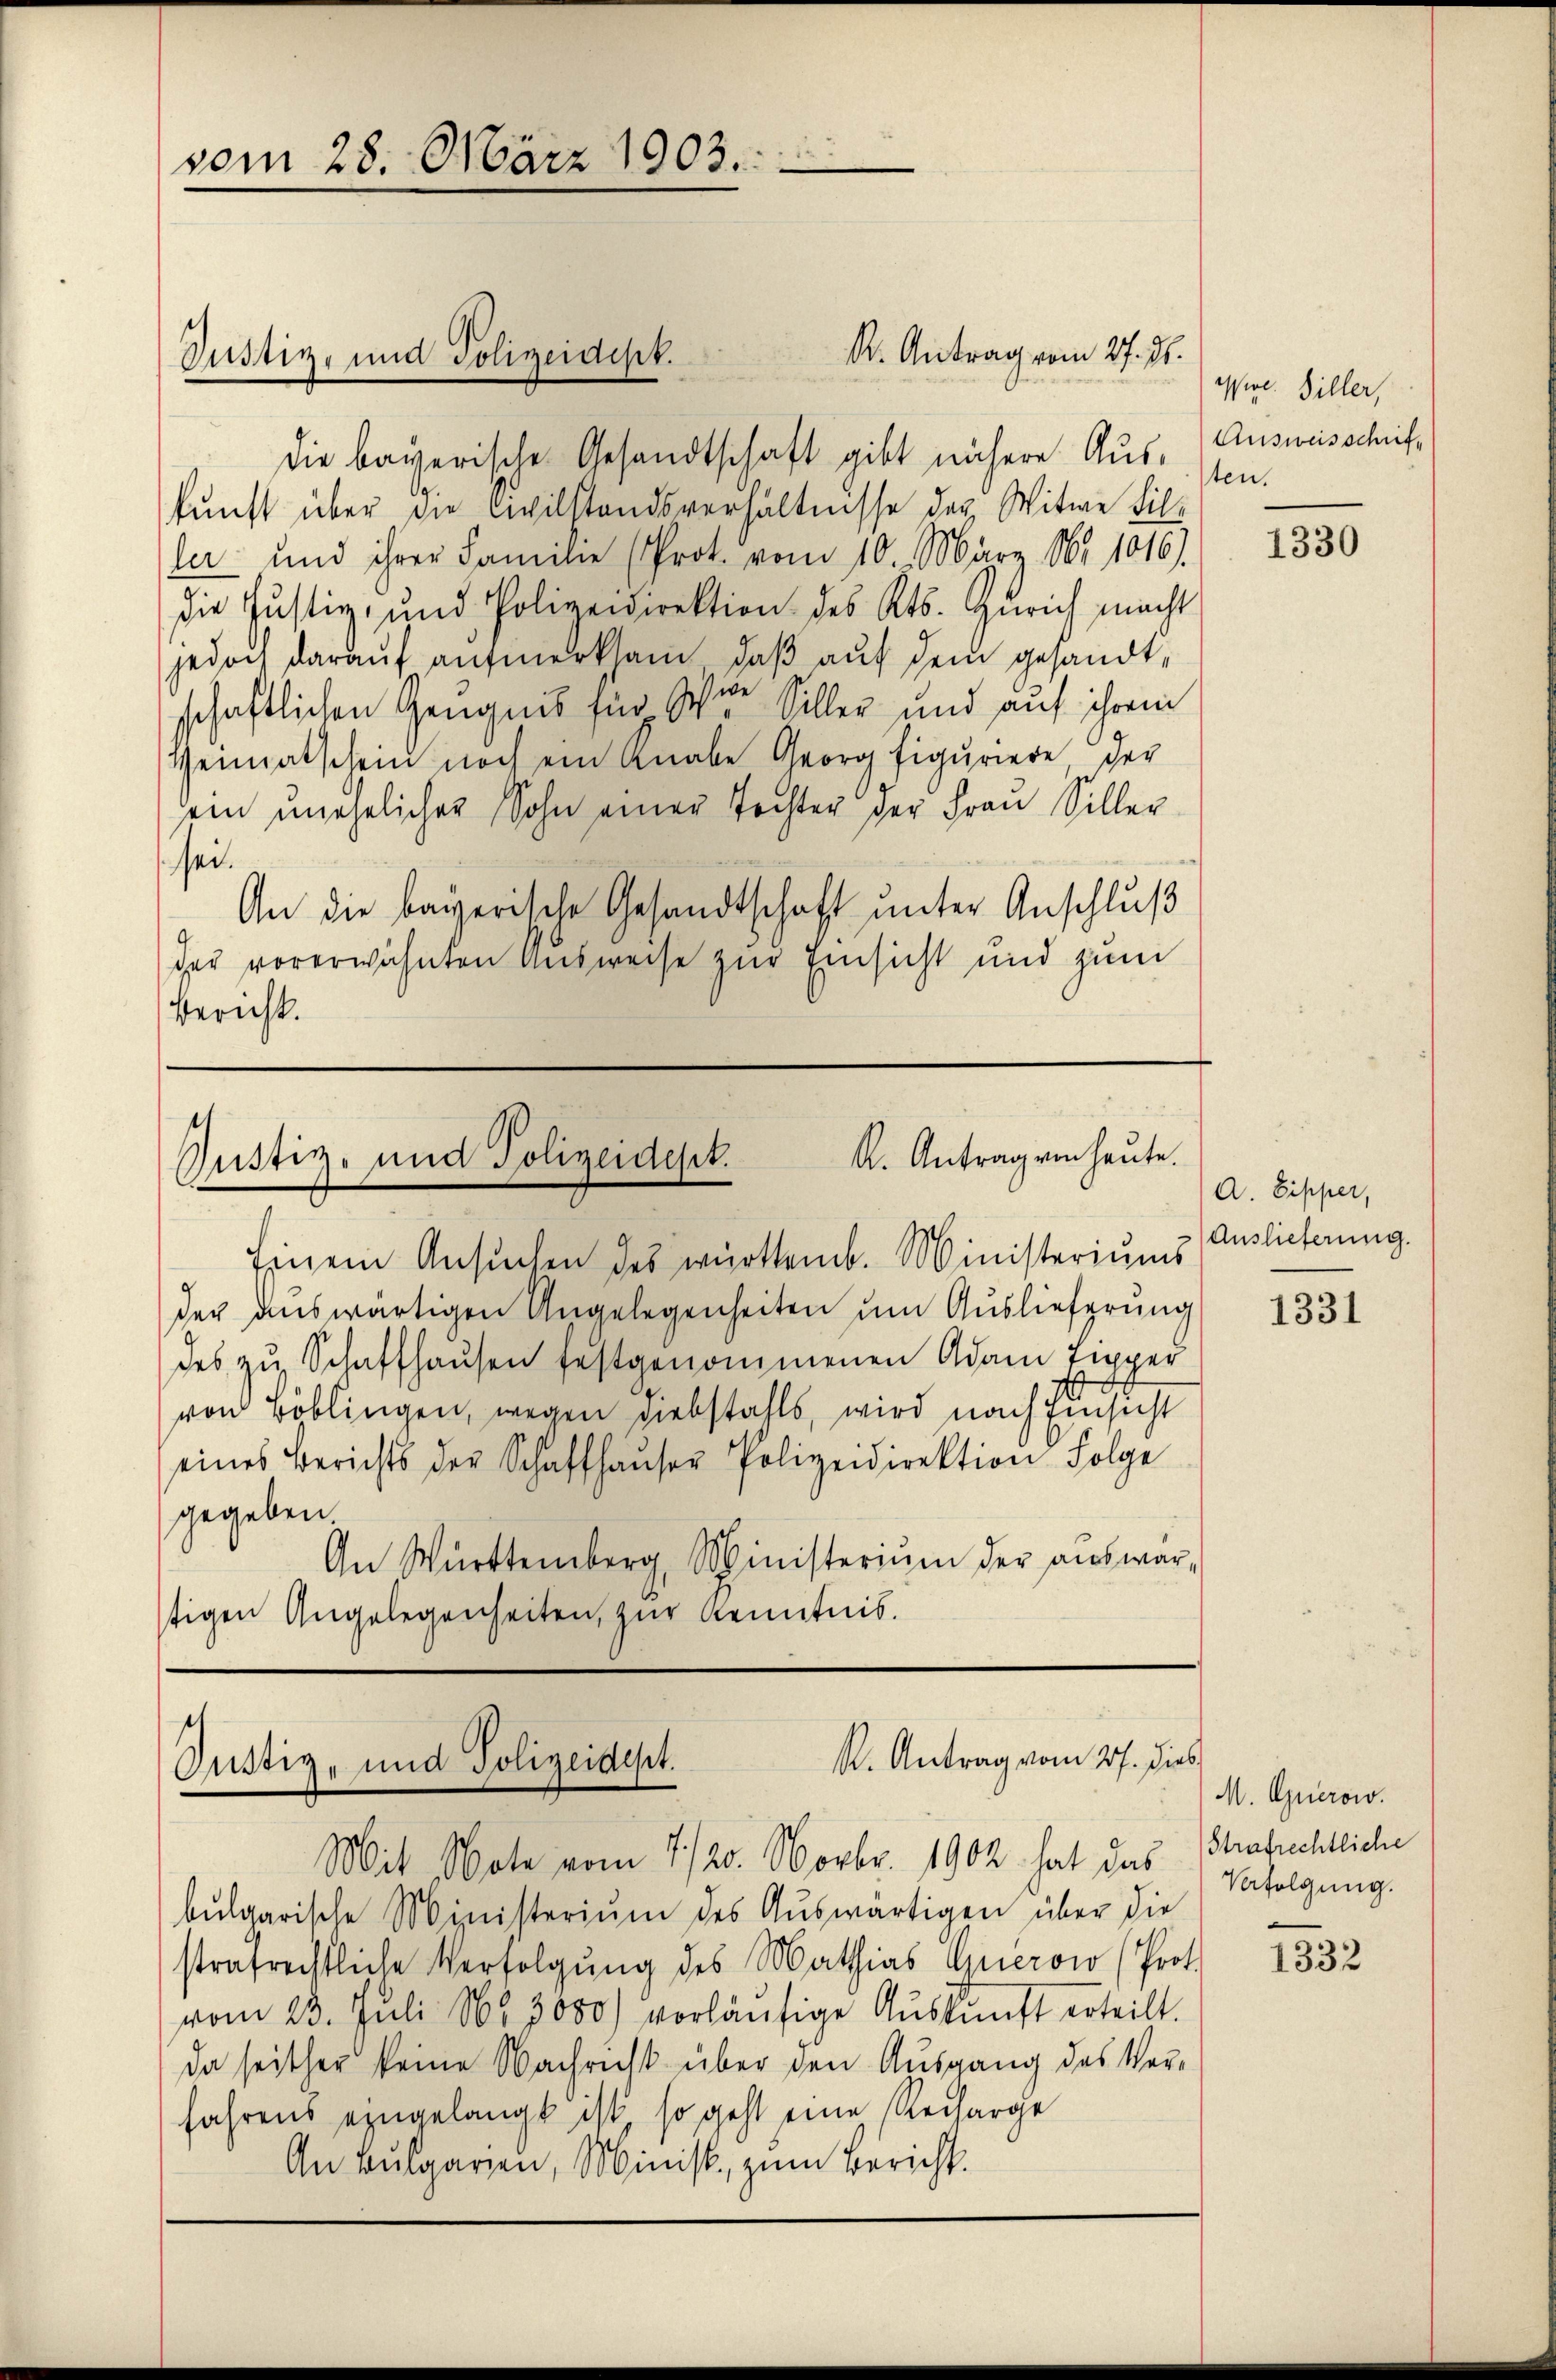
kunft über die Civilstandsverhältnisse der Witwe Bil-
ler und ihrer Familie (Prot. vom 10. März. Nr. 1016).
die Justiz- und Polizeidirektion des Kts. Zürich macht
jedoch darauf aufmerksam, daß auf dem gesandt,
schaftlichen Zeugnis für Wie Siller und auf ihrem
Heimatschein noch ein Knabe Georg figuriere der
ein unehelicher Sohn einer Tochter der Frau Siller
sei.
An die bayerische Gesandtschaft unter Anschluß
der vorerwähnten Ausweise zur Einsicht und zum
Bericht.

vom 28. März 1903.

Justiz- und Polizeidist.
d
die bayerische Gesandtschaft gibt nähere Aus¬

Einem Ansŭchen des württemb. Ministeriums
der auswärtigen Angelegenheiten um Auslieferung
des zu Schaffhausen festgenommenen Adam Eupper
von Böblingen, wegen Diebstahls, wird nach Einsicht
eines Berichts der Schaffhauser Polizeidirektion Folge
gegeben.
An Württemberg, Ministerium der aŭswar-
tigen Angelegenheiten, zur Kenntnis.

R. Antrag vom 27. Js.

K. Antrag ein heute.
Justiz- und Polizeidest.

i
R. Antrag vom 27. dies
Justiz- und Polizeidept.

Mit Note vom 7./20. Novbr. 1902 hat das Strafrechtliche
bŭlgarische Ministerium des Aŭswärtigen über die
strafrechtliche Verfolgung des Mathias Querow (Prot.
vom 23. Juli Nr. 3080) vorläŭfige Aŭskŭnft erteilt.
da seither keine Nachricht über den Ausgang des Ver-
fahrens eingelangt ist, so geht eine Recharge
An Bulgaren, Minist, zum Bericht.

assire. Biller,
Ausweisschrift
ten.

1330

A. Pipper,
Auslieferung.

1331

M. Gierow.
Verfolgung.
e

1332